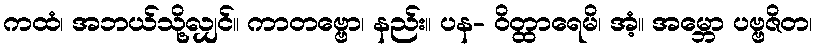
ကထံ၊ အဘယ်သို့လျှင်။ ကာတဗ္ဗော၊ နည်း။ ပန- ဝိတ္ထာရေမိ၊ အံ့။ အမ္ဘော ပဗ္ဗဇိတ၊